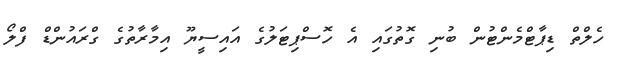
ހެލްތް ޑިޕާޓްމެންޓުން ބުނި ގޮތުގައި އެ ހޮސްޕިޓަލުގެ އައިސީޔޫ އިމާރާތުގެ ގްރައުންޑް ފްލޯ